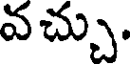
వచ్చు.